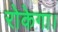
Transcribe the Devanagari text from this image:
रोकेगा।